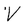
Character: V